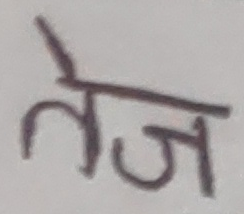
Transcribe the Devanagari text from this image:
तेज